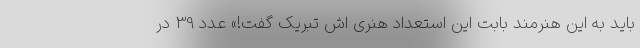
باید به این هنرمند بابت این استعداد هنری اش تبریک گفت!» عدد 39 در